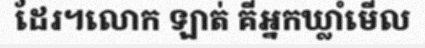
ដែរ។លោក ឡាត់ គីអ្នកឃ្លាំមើល